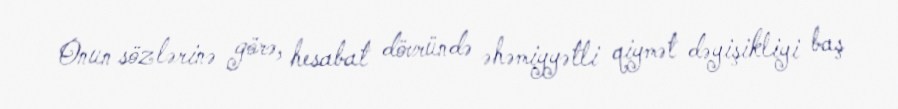
Onun sözlərinə görə, hesabat dövründə əhəmiyyətli qiymət dəyişikliyi baş